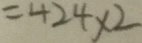
= 4 2 4 \times 2